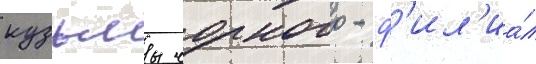
кузьмы чорного - ф'ил'иа́л